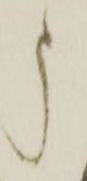
申